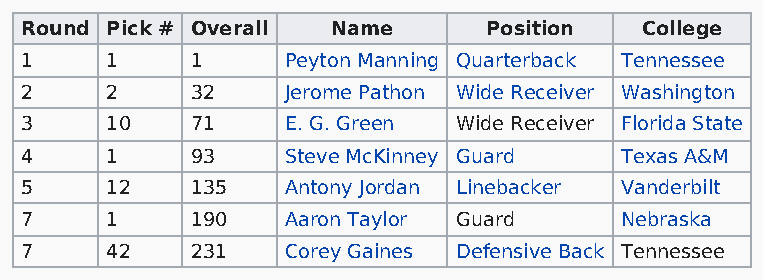
Round Pick # Overall Name      Position  College
 1     1     1     Peyton Manning Quarterback Tennessee
 2     2     32    Jerome Pathon Wide Receiver Washington
 3     10    71    E. G. Green Wide Receiver Florida State
 4     1     93    Steve McKinney Guard  Texas A&M
 5     12    135   Antony Jordan Linebacker Vanderbilt
 7     1     190   Aaron Taylor Guard    Nebraska
 7     42    231   Corey Gaines Defensive Back Tennessee